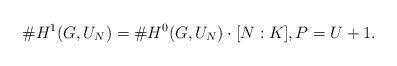
LaTeX: \begin{align*}\#H^1(G,U_N)=\#H^0(G,U_N)\cdot\lbrack N:K\rbrack, P=U+1. \end{align*}